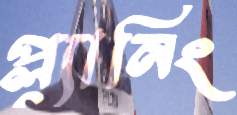
প্ল্যানিং